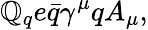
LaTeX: \mathbb{Q}_{q}e\bar{{q}}\gamma^{\mu}qA_{\mu},